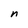
Character: n